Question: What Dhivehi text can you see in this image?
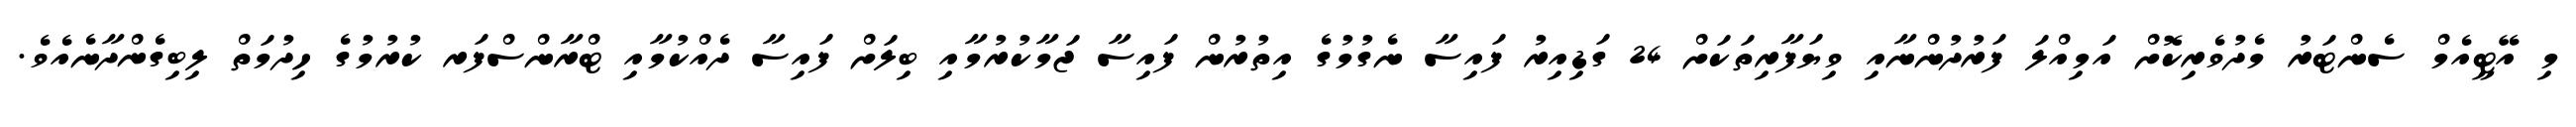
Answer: މި އޭޓީއެމް ސެންޓަރު މެދުވެރިކޮށް އަމިއްލަ ފަރުދުންނާއި ވިޔަފާރިތަކަށް 24 ގަޑިއިރު ފައިސާ ނެގުމުގެ އިތުރުން ފައިސާ ޖަމާކުރުމާއި ބިލަށް ފައިސާ ދެއްކުމާއި ޓްރާންސްފަރ ކުރުމުގެ ހިދުމަތް ލިބިގެންދާނެއެވެ.